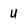
Character: u